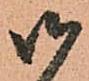
御